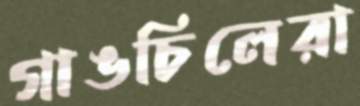
গাঙচিলেরা